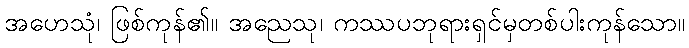
အဟေသုံ၊ ဖြစ်ကုန်၏။ အညေသု၊ ကဿပဘုရားရှင်မှတစ်ပါးကုန်သော။